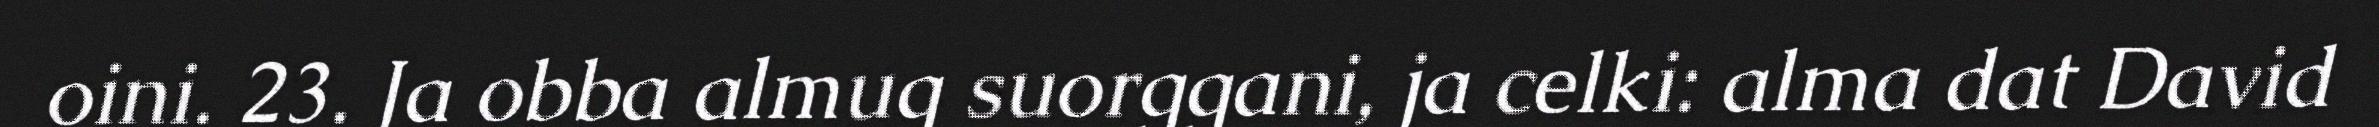
oini. 23. Ja obba almug suorggani, ja celki: alma dat David